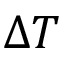
\Delta T